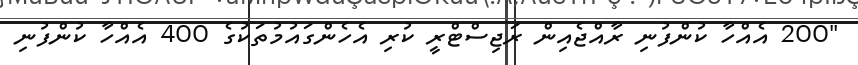
"200 އެއްހާ ކުންފުނި ރާއްޖެއިން ރަޖިސްޓްރީ ކުރި އެހެންގައުމުތަކުގެ 400 އެއްހާ ކުންފުނި